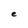
Character: e